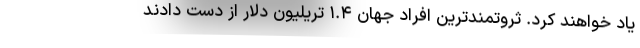
یاد خواهند کرد. ثروتمندترین افراد جهان ۱.۴ تریلیون دلار از دست دادند